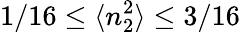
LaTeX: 1/16\leq\langle n_{2}^{2}\rangle\leq 3/16